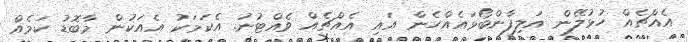
އެއްޗެއް ހުޅުލޭން އަލިފާންބޯޅައެއްހެން އައި އެއްޗެއް ވެއްޓުނު. އެކަމަކު އެއަކުން މާބޮޑު ކަމެއް